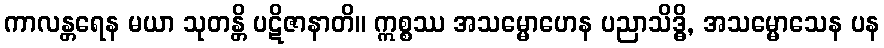
ကာလန္တရေန မယာ သုတန္တိ ပဋိဇာနာတိ။ ဣစ္စဿ အသမ္မောဟေန ပညာသိဒ္ဓိ, အသမ္မောသေန ပန